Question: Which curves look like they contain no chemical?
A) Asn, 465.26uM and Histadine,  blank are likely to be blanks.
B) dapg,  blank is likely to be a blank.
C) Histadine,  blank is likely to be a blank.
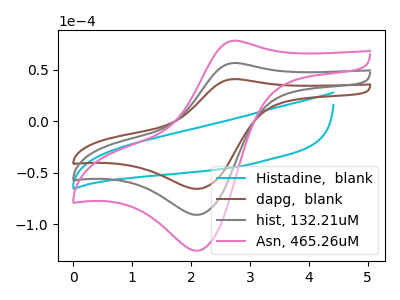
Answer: <think>The cyan curve "Histadine,  blank" has no peaks. The brown curve "dapg,  blank" has an anodic peak at (2.75V, 40.85uA) and a cathodic peak at (2.10V, -65.85uA). The gray curve "hist, 132.21uM" has an anodic peak at (2.75V, 56.50uA) and a cathodic peak at (2.10V, -91.10uA). The pink curve "Asn, 465.26uM" has an anodic peak at (2.75V, 113.05uA) and a cathodic peak at (2.10V, -182.15uA).</think>
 <answer>C) "Histadine,  blank" is likely to be a blank.</answer>
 <eval>C</eval>